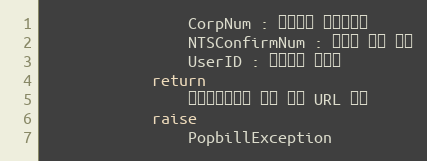
Language: Python
                CorpNum : 팝빌회원 사업자번호
                NTSConfirmNum : 국세청 승인 번호
                UserID : 팝빌회원 아이디
            return
                전자세금계산서 보기 팝업 URL 반환
            raise
                PopbillException